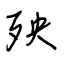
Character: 殃